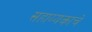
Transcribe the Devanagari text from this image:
सहाय्यकाचे